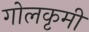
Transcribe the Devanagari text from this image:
गोलकृमी